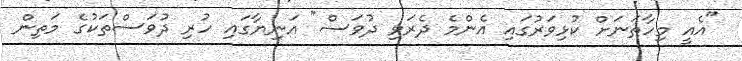
"އެއީ މިހާތަނަށް ކުޅިވަރުގައި އެންމެ ދެރަވި ދުވަސް" އަނިޔާގައި ހުރި ދުވަސްތަކުގެ މަތިން